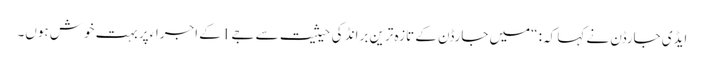
ایڈی جارڈن نے کہا کہ: “میں جارڈن کے تازہ ترین برانڈ کی حیثیت سے جے1 کے اجراء پر بہت خوش ہوں۔